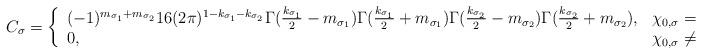
LaTeX: \begin{align*}C_\sigma=\left\{\begin{array}{ll}(-1)^{m_{\sigma_1}+m_{\sigma_2}}16(2\pi)^{1-k_{\sigma_1}-k_{\sigma_2}}\Gamma(\frac{k_{\sigma_1}}{2}-m_{\sigma_1})\Gamma(\frac{k_{\sigma_1}}{2}+m_{\sigma_1})\Gamma(\frac{k_{\sigma_2}}{2}-m_{\sigma_2})\Gamma(\frac{k_{\sigma_2}}{2}+m_{\sigma_2}),&\chi_{0,\sigma}=1;\\ 0,&\chi_{0,\sigma}\neq1. \end{array}\right.\end{align*}